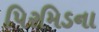
પિરમિડના